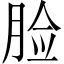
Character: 脸